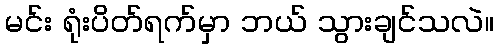
မင်း ရုံးပိတ်ရက်မှာ ဘယ် သွားချင်သလဲ။